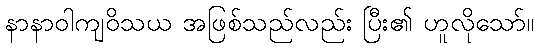
နာနာဝါကျဝိသယ အဖြစ်သည်လည်း ပြီး၏ ဟူလိုသော်။